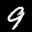
Label: 9